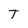
Character: T